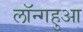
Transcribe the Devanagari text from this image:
लॉन्गहुआ